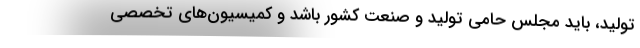
تولید، باید مجلس حامی تولید و صنعت کشور باشد و کمیسیون‌های تخصصی